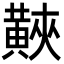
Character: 䵌